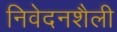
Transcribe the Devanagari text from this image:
निवेदनशैली